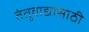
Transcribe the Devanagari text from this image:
तंतुवाद्यासाठी